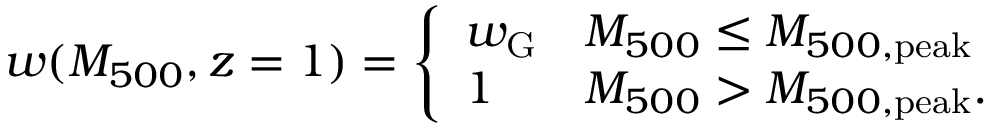
w ( M _ { 5 0 0 } , z = 1 ) = \left\{ \begin{array} { l l } { w _ { \mathrm { G } } } & { M _ { 5 0 0 } \leq M _ { 5 0 0 , \mathrm { p e a k } } } \\ { 1 } & { M _ { 5 0 0 } > M _ { 5 0 0 , \mathrm { p e a k } } . } \end{array} \right.